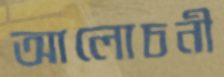
আলোচনী